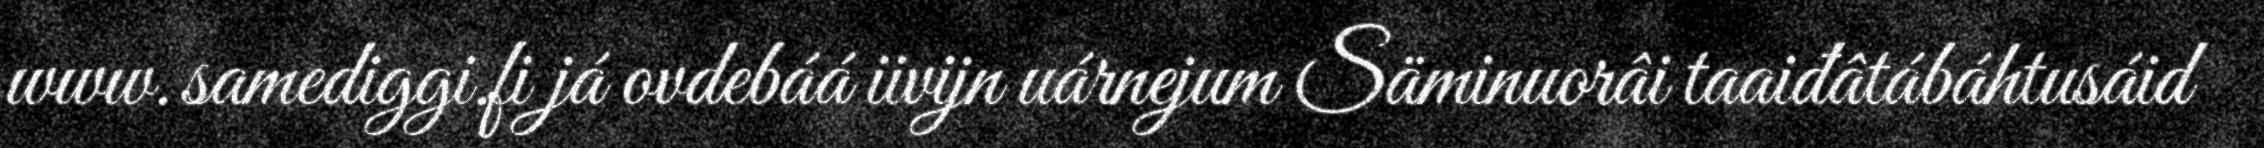
www.samediggi.fi já ovdebáá iivijn uárnejum Säminuorâi taaiđâtábáhtusáid